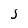
Character: j